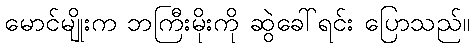
မောင်မျိုးက ဘကြီးမိုးကို ဆွဲခေါ်ရင်း ပြောသည်။